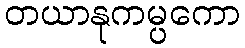
တယာနုကမ္ပကော